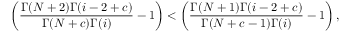
\left( \frac { \Gamma ( N + 2 ) \Gamma ( i - 2 + c ) } { \Gamma ( N + c ) \Gamma ( i ) } - 1 \right) < \left( \frac { \Gamma ( N + 1 ) \Gamma ( i - 2 + c ) } { \Gamma ( N + c - 1 ) \Gamma ( i ) } - 1 \right) ,